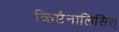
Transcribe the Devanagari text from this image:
क्रिप्टैनालिसिस्